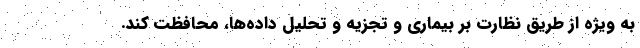
به ویژه از طریق نظارت بر بیماری و تجزیه و تحلیل داده‌ها، محافظت کند.